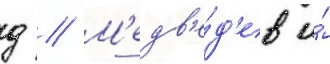
д // М'едв'е́д'ев и́